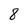
Character: 8